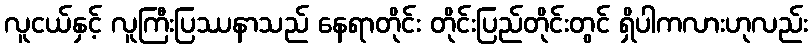
လူငယ်နှင့် လူကြီးပြဿနာသည် နေရာတိုင်း တိုင်းပြည်တိုင်းတွင် ရှိပါကလားဟုလည်း